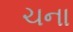
ચના